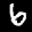
Label: 6